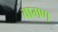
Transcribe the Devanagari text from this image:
वामण